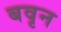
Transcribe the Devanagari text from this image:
बवृन